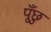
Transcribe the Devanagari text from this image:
पूँछु